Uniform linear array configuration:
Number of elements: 32
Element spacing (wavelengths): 0.25
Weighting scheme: binomial
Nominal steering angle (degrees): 15
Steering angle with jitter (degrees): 15.018
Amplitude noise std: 0.05
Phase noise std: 0.05

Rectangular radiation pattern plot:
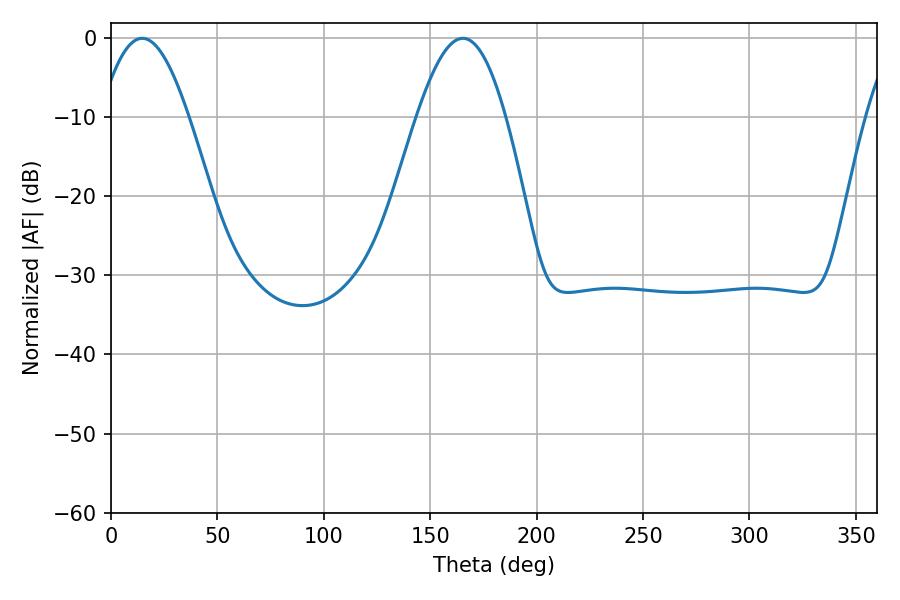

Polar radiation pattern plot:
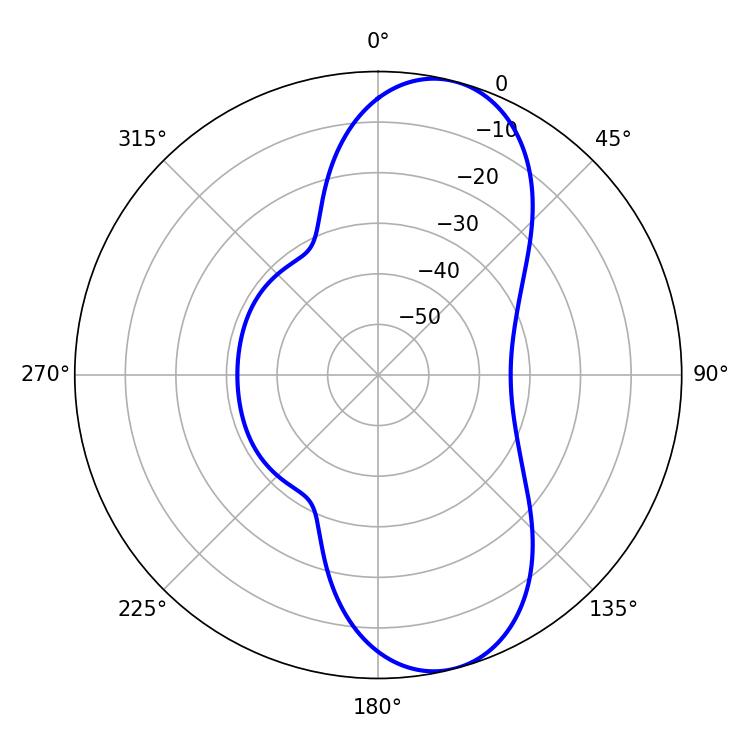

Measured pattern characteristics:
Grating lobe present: FALSE
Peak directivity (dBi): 9.548
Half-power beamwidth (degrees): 22.68
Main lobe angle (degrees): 14.58